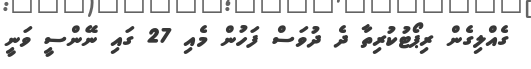
ގެއްލިގެން ރިޕޯޓުކުރިތާ ދެ ދުވަސް ފަހުން މެއި 27 ގައި ނޭންސީ ވަނީ